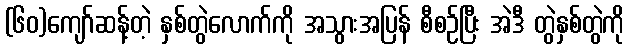
(၆၀)ကျော်ဆန့်တဲ့ နှစ်တွဲလောက်ကို အသွားအပြန် စီစဉ်ပြီး အဲဒီ တွဲနှစ်တွဲကို